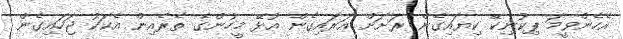
އެހެންވީމަ ޕިކުނިކޭ ކިޔައިގެން ރަށަށް އަރައިގެން އުޅޭ މީހުންގެ ތެރެއިން އެކަކު ޖަހައިގެން